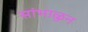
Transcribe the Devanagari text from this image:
सांभाळुन